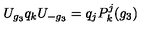
U _ { g _ { 3 } } q _ { k } U _ { - g _ { 3 } } = q _ { j } P _ { k } ^ { j } ( g _ { 3 } )